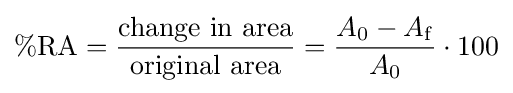
\%\mathrm {RA} ={\frac {\text{change in area}}{\text{original area}}}={\frac {A_{0}-A_{\mathrm {f} }}{A_{0}}}\cdot 100